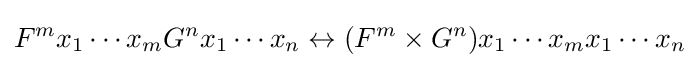
F^{m}x_{1}\cdots x_{m}G^{n}x_{1}\cdots x_{n}\leftrightarrow (F^{m}\times G^{n})x_{1}\cdots x_{m}x_{1}\cdots x_{n}